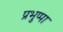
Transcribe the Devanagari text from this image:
प्रभुप्पा